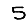
Digit: 5